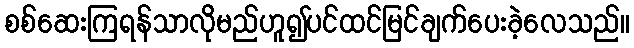
စစ်ဆေးကြရန်သာလိုမည်ဟူ၍ပင်ထင်မြင်ချက်ပေးခဲ့လေသည်။